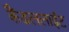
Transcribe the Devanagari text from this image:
कैंडललाईट